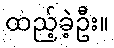
ထည့်ခဲ့ဦး။